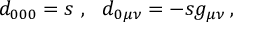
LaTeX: d _ { 0 0 0 } = s \ , \ \ d _ { 0 \mu \nu } = - s g _ { \mu \nu } \, ,